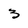
Character: 3